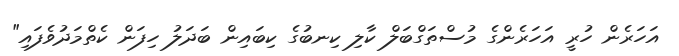
އަހަރެން ހުރީ އަހަރެންގެ މުސްތަގްބަލް ކާލި ކިނބުގެ ކިބައިން ބަދަލު ހިފަން ކެތްމަދުވެފައި"